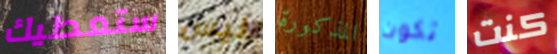
ستعطيك ليس المذكورة تكون كنت